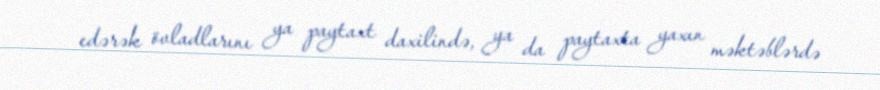
edərək övladlarını ya paytaxt daxilində, ya da paytaxta yaxın məktəblərdə